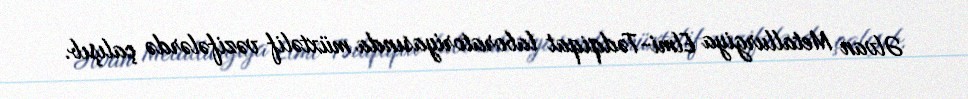
Əlvan Metallurgiya Elmi-Tədqiqat laboratoriyasında müxtəlif vəzifələrdə çalışıb.